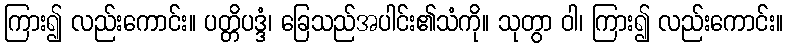
ကြား၍ လည်းကောင်း။ ပတ္တိပဒ္ဒံ၊ ခြေသည်အပါင်း၏သံကို။ သုတွာ ဝါ၊ ကြား၍ လည်းကောင်း။